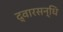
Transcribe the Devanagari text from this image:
द्वारसन्धि